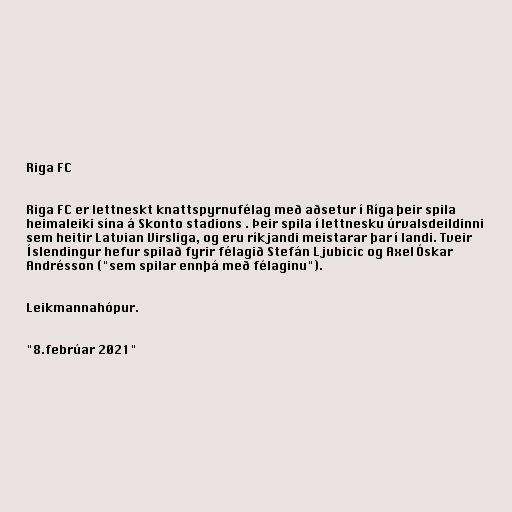
Riga FC

Riga FC er lettneskt knattspyrnufélag með aðsetur í Ríga þeir spila
heimaleiki sína á Skonto stadions . Þeir spila í lettnesku úrvalsdeildinni
sem heitir Latvian Virsliga, og eru ríkjandi meistarar þar í landi. Tveir
Íslendingur hefur spilað fyrir félagið Stefán Ljubicic og Axel Óskar
Andrésson ("sem spilar ennþá með félaginu").

Leikmannahópur.

"8.febrúar 2021"